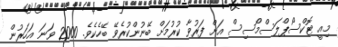
މިއީ ޓޮކްސޯޕްލަސްމޯސިސް އަށް ފަރުވާ ކުރުމަށް ބޭނުންކުރެވޭ ބޭހެކެވެ. 2000 ވަނަ އަހަރުން